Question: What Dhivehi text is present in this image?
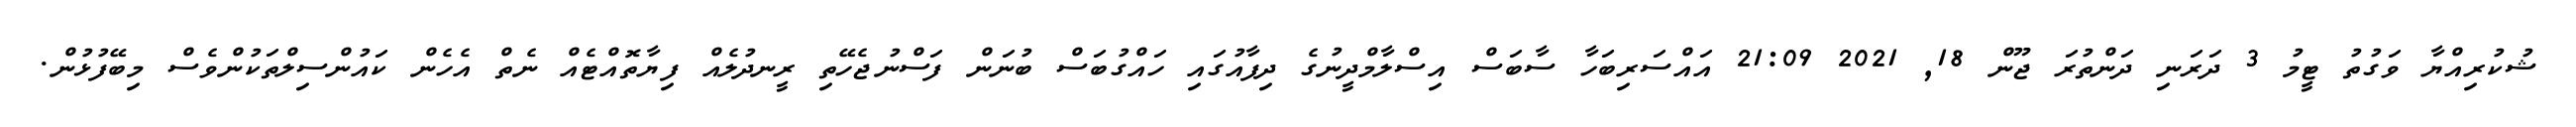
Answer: ޝުކުރިއްޔާ ވަގުތު ޓީމު 3 ދަރަނި ދަންތުރަ ޖޫން 18, 2021 21:09 އައްސަރިބަހާ ސާބަސް އިސްލާމްދީނުގެ ދިފާއުގައި ހައްގުބަސް ބުނަން ފަސްނުޖެހޭތި ރީނދުލެއް ފިޔާތޮއްޓެއް ނެތް އެހެން ކައުންސިލްތަކުންވެސް މިބޭފުޅުން.